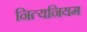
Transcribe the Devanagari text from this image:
नित्यनियम